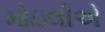
મોઇલીએ